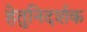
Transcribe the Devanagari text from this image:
हेतुनिदर्शक